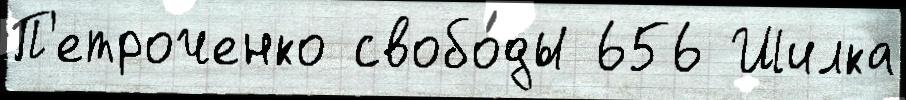
П'етроченко свобо́ды 656 Шилка